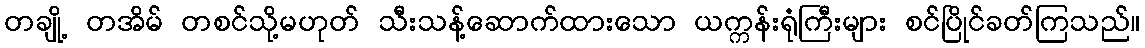
တချို့ တအိမ် တစင်သို့မဟုတ် သီးသန့်ဆောက်ထားသော ယက္ကန်းရုံကြီးများ စင်ပြိုင်ခတ်ကြသည်။